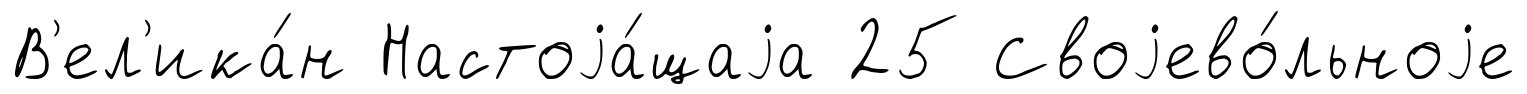
В'ел'ика́н Настоjа́щаjа 25 Своjево́льноjе